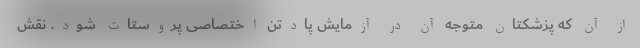
از آن که پزشکتان متوجه آن در آزمایش پادتن اختصاصی پروستات شود. نقش